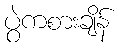
ပွဲကစားချိန်